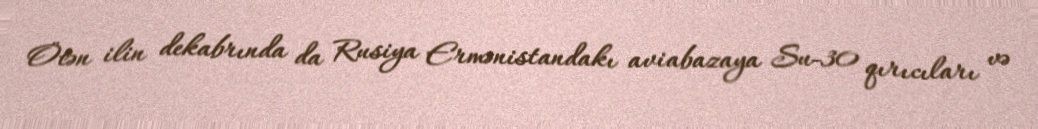
Ötən ilin dekabrında da Rusiya Ermənistandakı aviabazaya Su-30 qırıcıları və